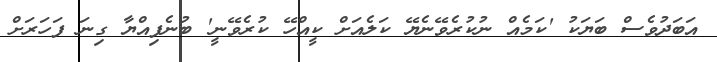
އަބަދުވެސް ބަޔަކު 'ކަމެއް ނުކުރެވޭނެޔޭ ކަލެއަށް ކީއްހޭ ކުރެވޭނީ' ބުނެފިއްޔާ ގިނަ ފަހަރަށް